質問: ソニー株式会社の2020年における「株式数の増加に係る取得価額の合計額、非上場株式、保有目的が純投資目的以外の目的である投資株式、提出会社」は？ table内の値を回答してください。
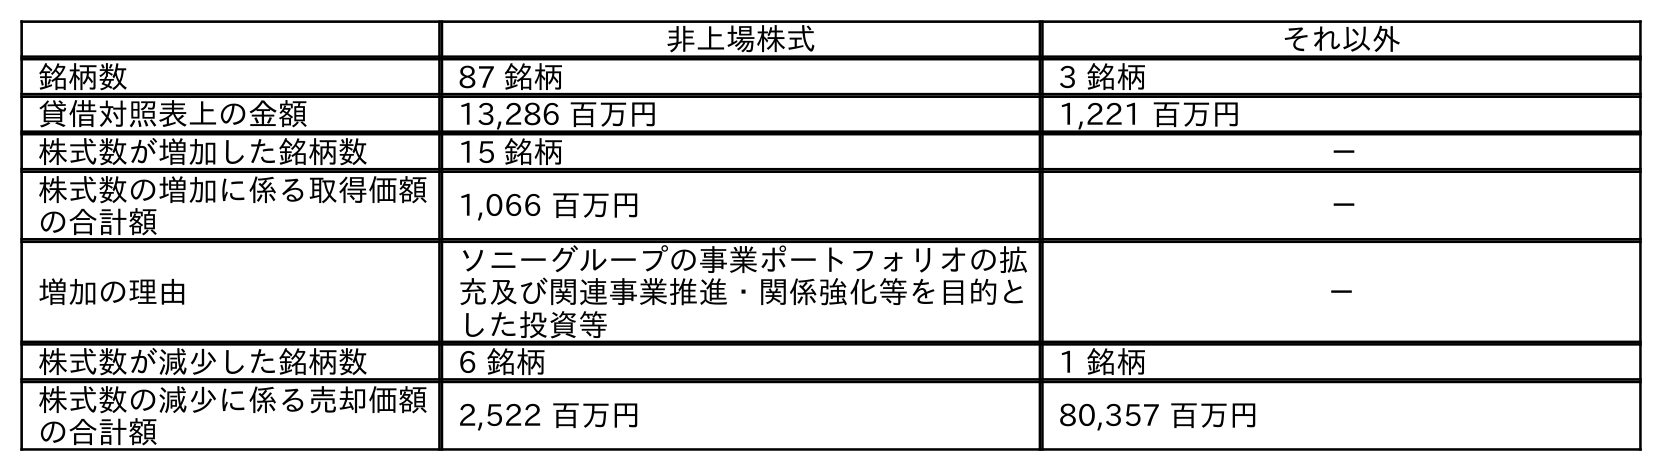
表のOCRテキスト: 非上場株式 それ以外 銘柄数 87 銘柄 3 銘柄 貸借対照表上の金額 13,286 百万円 1,221 百万円 株式数が増加した銘柄数 15 銘柄 － 株式数の増加に係る取得価額 の合計額 1,066 百万円 － 増加の理由 ソニーグループの事業ポートフォリオの拡 充及び関連事業推進・関係強化等を目的と した投資等 － 株式数が減少した銘柄数 6 銘柄 1 銘柄 株式数の減少に係る売却価額 の合計額 2,522 百万円 80,357 百万円
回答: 1,066百万円